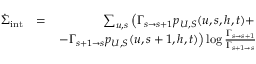
\begin{array} { r l r } { \dot { \Sigma } _ { \mathrm { i n t } } } & { = } & { \sum _ { u , s } \left( \Gamma _ { s \to s + 1 } p _ { U , S } ( u , s , h , t ) + \right. } \\ & { ~ } & { \left. - \Gamma _ { s + 1 \to s } p _ { U , S } ( u , s + 1 , h , t ) \right) \log \frac { \Gamma _ { s \to s + 1 } } { \Gamma _ { s + 1 \to s } } } \end{array}